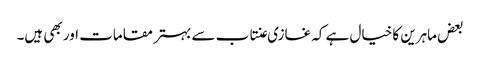
بعض ماہرین کا خیال ہے کہ غازی عنتاب سے بہتر مقامات اور بھی ہیں۔